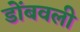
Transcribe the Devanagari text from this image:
डोंबवली